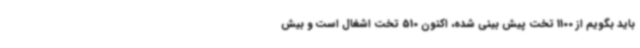
باید بگویم از 1100 تخت پیش بینی شده، اکنون 510 تخت اشغال است و بیش